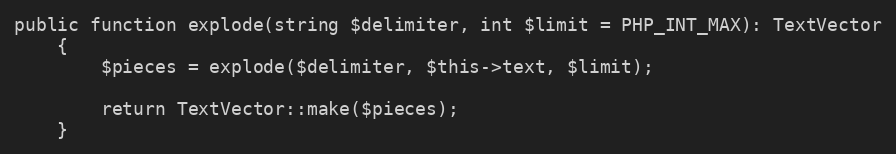
Language: PHP
public function explode(string $delimiter, int $limit = PHP_INT_MAX): TextVector
    {
        $pieces = explode($delimiter, $this->text, $limit);

        return TextVector::make($pieces);
    }